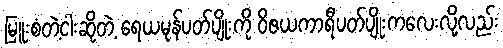
မြူးစံတဲ့ငါးဆိုတဲ့ ရေယမုန်ပတ်ပျိုးကို ဝိဇယကာရီပတ်ပျိုးကလေးလို့လည်း